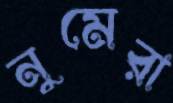
নুমেরা